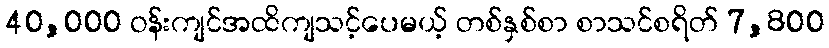
40,000 ဝန်းကျင်အထိကျသင့်ပေမယ့် တစ်နှစ်စာ စာသင်စရိတ် 7,800